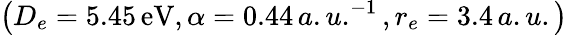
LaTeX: \left(D_{e}=5.45\, \mathrm{eV},\alpha=0.44\, a.u.^{-1},r_{e}=3.4\, a.u.\right)